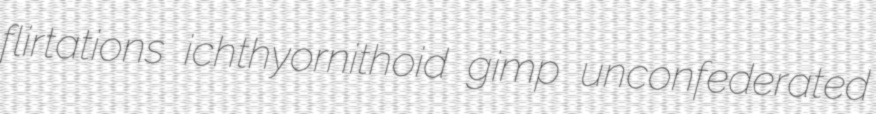
flirtations ichthyornithoid gimp unconfederated